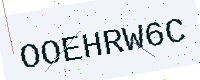
Text: OOEHRW6C